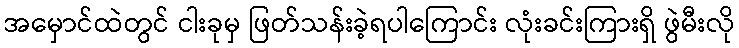
အမှောင်ထဲတွင် ငါးခုမှ ဖြတ်သန်းခဲ့ရပါကြောင်း လုံးခင်းကြားရှိ ဖွဲမီးလို